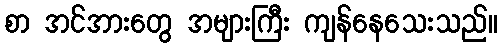
စာ အင်အားတွေ အများကြီး ကျန်နေသေးသည်။